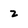
Character: 2